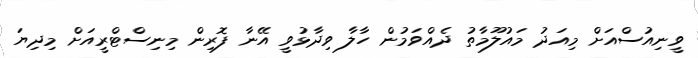
ވީނިއުސްއަށް މިއަދު މައުލޫމާތު ދެއްވަމުން ހާލާ ވިދާޅުވީ އޭނާ ފޮރިން މިނިސްޓްރީއަށް މިދިޔަ